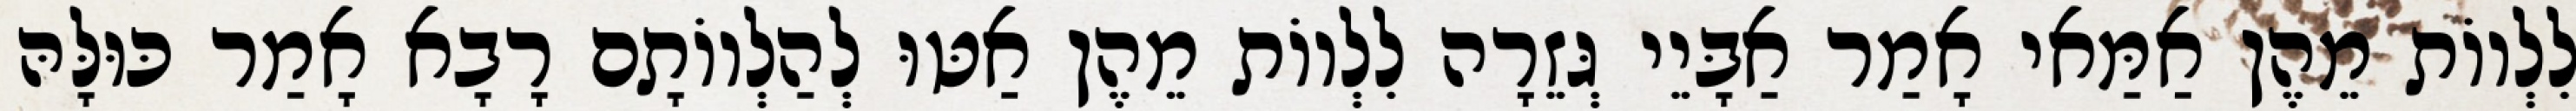
לִלְווֹת מֵהֶן אַמַּאי אָמַר אַבָּיֵי גְּזֵרָה לִלְווֹת מֵהֶן אַטּוּ לְהַלְווֹתָם רָבָא אָמַר כּוּלָּהּ